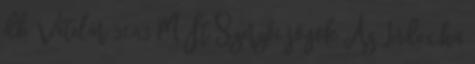
db Vételár 51,43 M Ft Szerzői jogok Az Index.hu